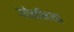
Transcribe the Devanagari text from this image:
ओळीच्या